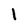
Character: l